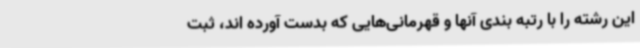
این رشته را با رتبه بندی آنها و قهرمانی‌هایی که بدست آورده اند، ثبت